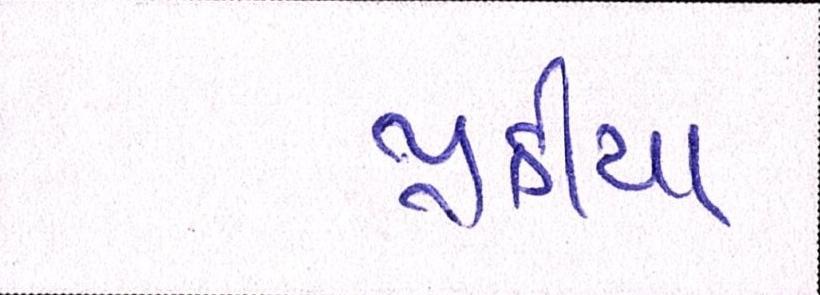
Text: પ્રક્રીયા